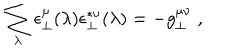
\sum _ { \lambda } \epsilon _ { \perp } ^ { \mu } ( \lambda ) \epsilon _ { \perp } ^ { * \nu } ( \lambda ) = - g _ { \perp } ^ { \mu \nu } \; ,